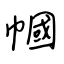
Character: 幗